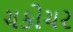
ચકોચર